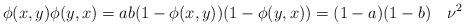
LaTeX: \begin{align*}\phi(x,y)\phi(y,x)=ab (1-\phi(x,y))(1-\phi(y,x))=(1-a)(1-b)~~~ \nu^2 \end{align*}